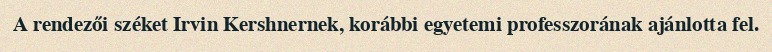
A rendezői széket Irvin Kershnernek, korábbi egyetemi professzorának ajánlotta fel.